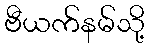
ဗီယက်နမ်သို့